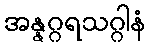
အန္နဂ္ဂရသဂ္ဂါနံ